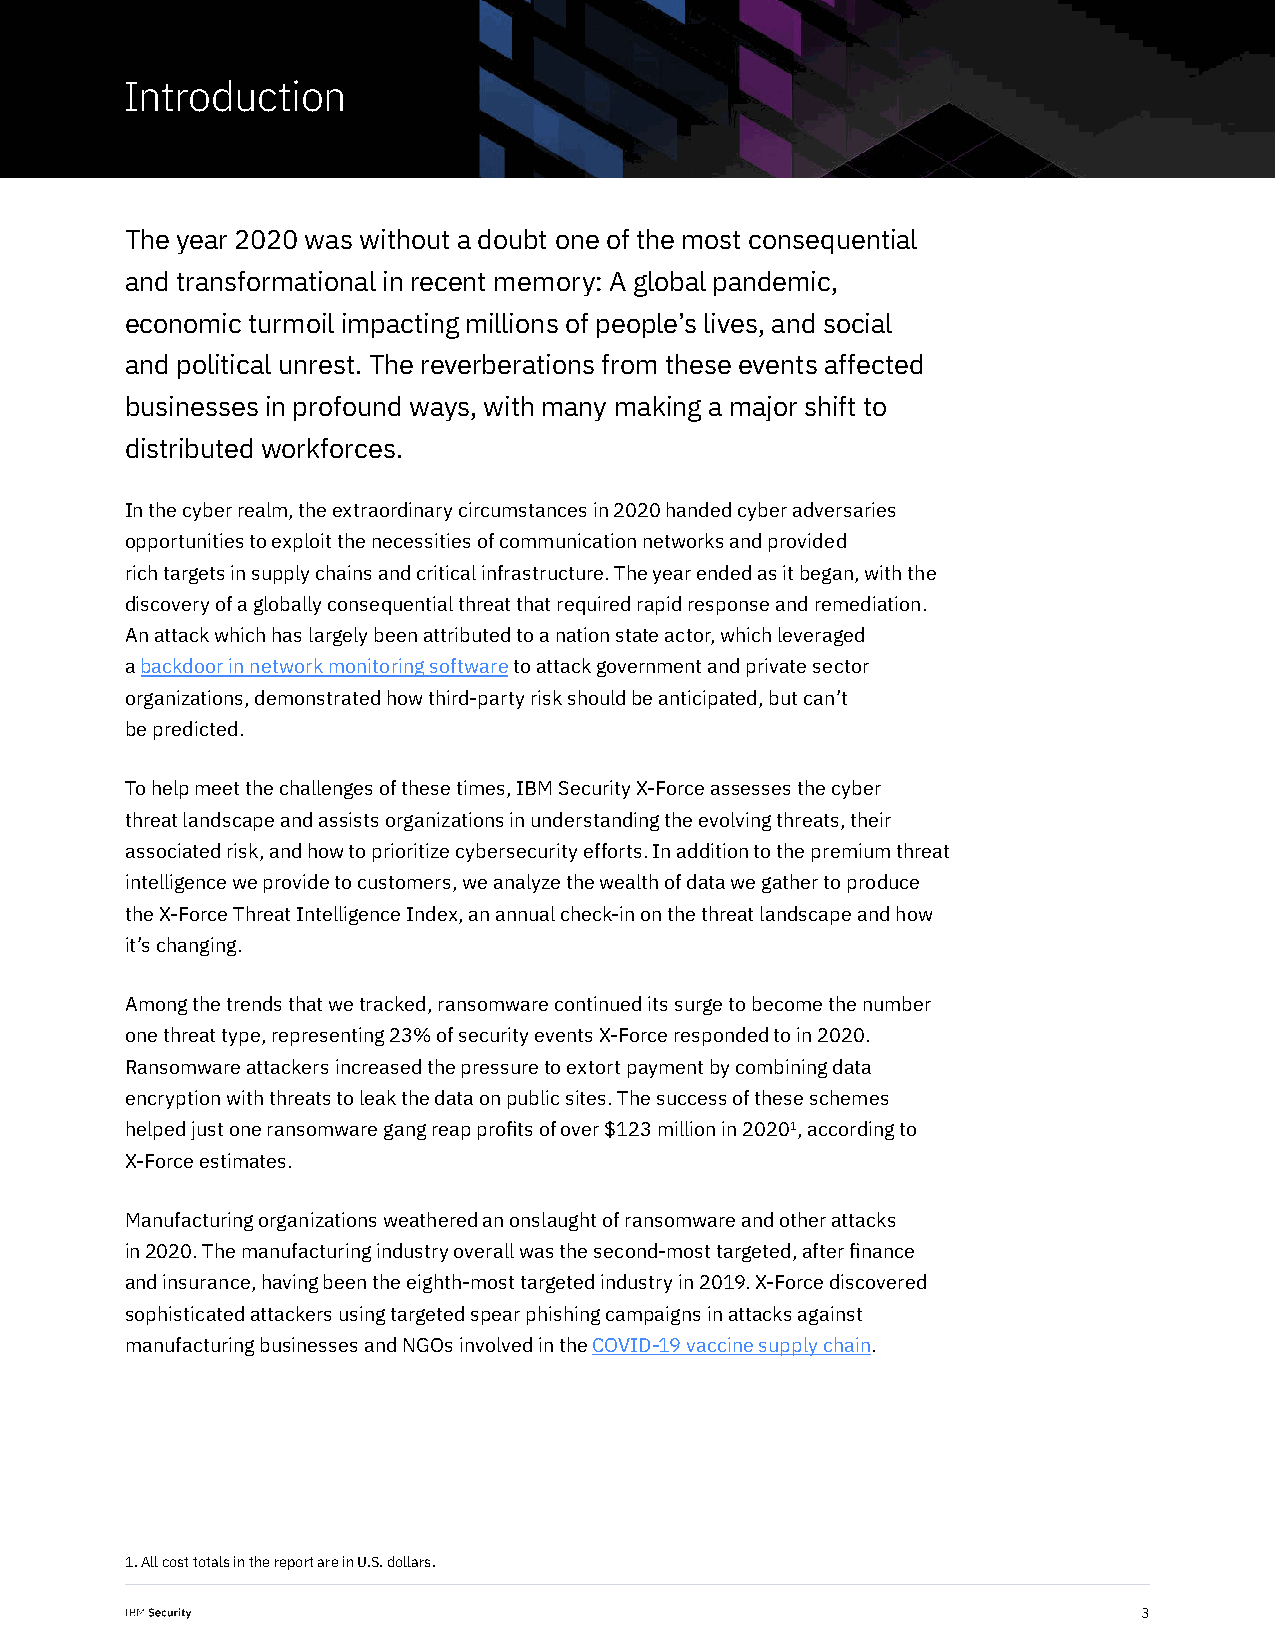
Introduction
 The year 2020 was without a doubt one of the most consequential
 and transformational in recent memory: A global pandemic,
 economic turmoil impacting millions of people’s lives, and social
 and political unrest. The reverberations from these events affected
 businesses in profound ways, with many making a major shift to
 distributed workforces.
 In the cyber realm, the extraordinary circumstances in 2020 handed cyber adversaries
 opportunities to exploit the necessities of communication networks and provided
 rich targets in supply chains and critical infrastructure. The year ended as it began, with the
 discovery of a globally consequential threat that required rapid response and remediation.
 An attack which has largely been attributed to a nation state actor, which leveraged
 a backdoor in network monitoring software to attack government and private sector
 organizations, demonstrated how third-party risk should be anticipated, but can’t
 be predicted.
 To help meet the challenges of these times, IBM Security X-Force assesses the cyber
 threat landscape and assists organizations in understanding the evolving threats, their
 associated risk, and how to prioritize cybersecurity efforts. In addition to the premium threat
 intelligence we provide to customers, we analyze the wealth of data we gather to produce
 the X-Force Threat Intelligence Index, an annual check-in on the threat landscape and how
 it’s changing.
 Among the trends that we tracked, ransomware continued its surge to become the number
 one threat type, representing 23% of security events X-Force responded to in 2020.
 Ransomware attackers increased the pressure to extort payment by combining data
 encryption with threats to leak the data on public sites. The success of these schemes
 helped just one ransomware gang reap profits of over $123 million in 20201, according to
 X-Force estimates.
 Manufacturing organizations weathered an onslaught of ransomware and other attacks
 in 2020. The manufacturing industry overall was the second-most targeted, after finance
 and insurance, having been the eighth-most targeted industry in 2019. X-Force discovered
 sophisticated attackers using targeted spear phishing campaigns in attacks against
 manufacturing businesses and NGOs involved in the COVID-19 vaccine supply chain.
 1. All cost totals in the report are in U.S. dollars.
 3